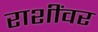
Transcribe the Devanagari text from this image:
राशींवर